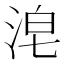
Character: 𰛴